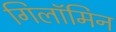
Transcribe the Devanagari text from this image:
गिलॉमिन